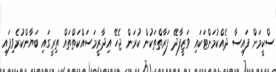
ސްކީމަށް ފައިސާ ދެއްކުމަށްޓަކައި ވަޒީފާދޭ ފަރާތްތަކުން ކުރަން ޖެހޭ އިދާރީމަސައްކަތްތައް ތިރީގައި ބަޔާންކުރެވިފައި